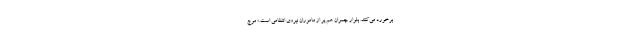
برخورد می‌کنند. بلوار چمران هم پر از ماموران نیروی انتظامی است.» موج